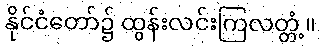
နိုင်ငံတော်၌ ထွန်းလင်းကြလတ္တံ့။